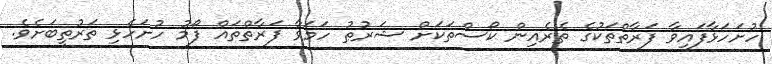
ހުށަހަޅާފައިވާ ފަރާތްތަކުގެ ތެރެއިން ކޯސްތަކަށް ޝަރުޠު ހަމަވާ ފަރާތްތައް ފޯމު ހުށަހެޅި ތަރުތީބަށެވެ.